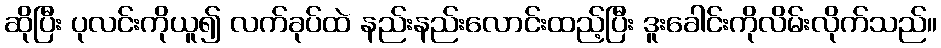
ဆိုပြီး ပုလင်းကိုယူ၍ လက်ခုပ်ထဲ နည်းနည်းလောင်းထည့်ပြီး ဒူးခေါင်းကိုလိမ်းလိုက်သည်။